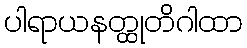
ပါရာယနတ္ထုတိဂါထာ